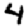
Digit: 4